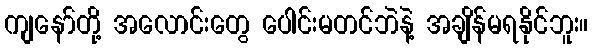
ကျနော်တို့ အလောင်းတွေ ပေါင်းမတင်ဘဲနဲ့ အချိန်မရနိုင်ဘူး။